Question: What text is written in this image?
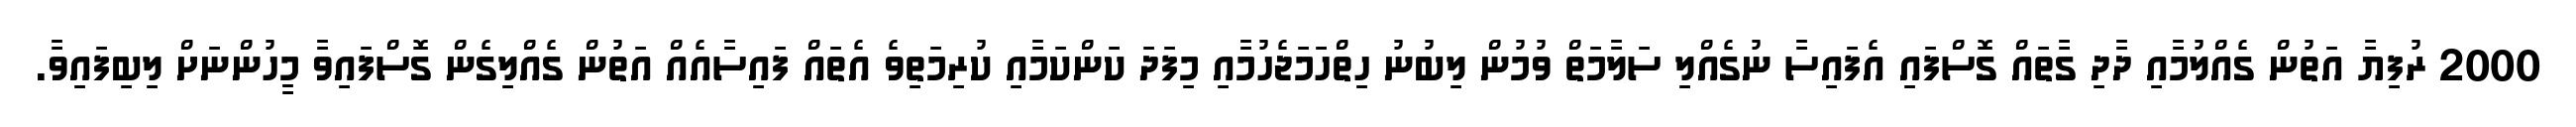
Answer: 2000 ރުފިޔާ އަތުން ގެއްލުމާއި ދާދި ގާތައް ގޮސްފައި އެފައިސާ ނުގެއްލި ސަލާމަތް ވުމުން ލިބުނު ހިތްހަމަޖެހުމާއި މިފަދަ ކަންކަމާއި ކުރިމަތިވެ އެތައް ފައިސާއެއް އަތުން ގެއްލިގެން ގޮސްފައިވާ މީހުންނަށް ލިބިފައިވާ.